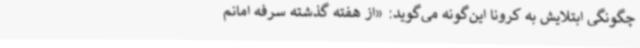
چگونگی ابتلایش به کرونا این‌گونه می‌گوید: «از هفته گذشته سرفه امانم